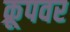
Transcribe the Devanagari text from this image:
क्रूपवर